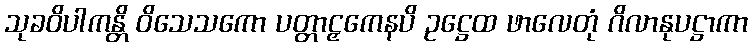
သုခဝိပါကန္တိ ဝိသေသကော ပတ္တာဠှကေနပိ ဥဋ္ဌေထ ဖာလေတုံ ဂိလာနုပဋ္ဌာကာ